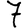
Digit: 7